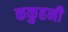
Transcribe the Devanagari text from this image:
ककुहनी